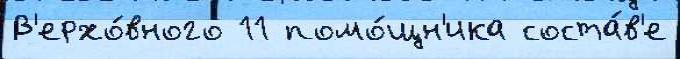
В'ерхо́вного 11 помо́щн'ика соста́в'е